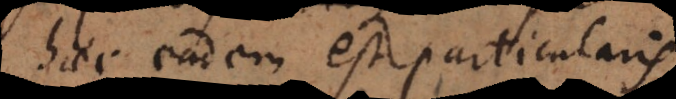
haec eadem est particularis.